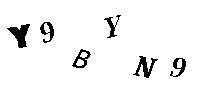
Y9BYN9